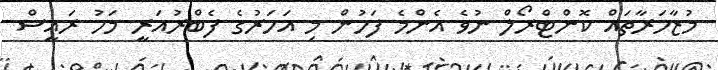
މުޒާހަރާތައް ކޮންޓްރޯލް ނުވެ އެންމެ ފަހުން މި އަހަރުގެ ފެބްރުއަރީ މަހު ރައީސް